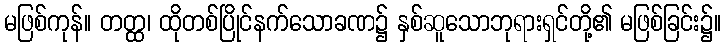
မဖြစ်ကုန်။ တတ္ထ၊ ထိုတစ်ပြိုင်နက်သောခဏ၌ နှစ်ဆူသောဘုရားရှင်တို့၏ မဖြစ်ခြင်း၌။